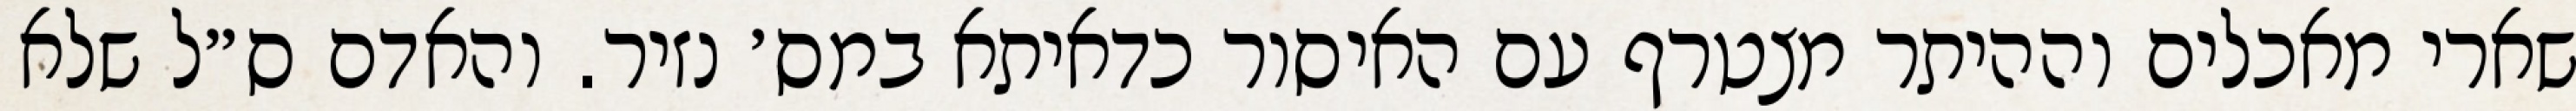
שארי מאכלים וההיתר מצטרף עם האיסור כדאיתא במס׳ נזיר. והאדם ס״ל שלא